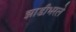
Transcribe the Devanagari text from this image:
झाडीभरले